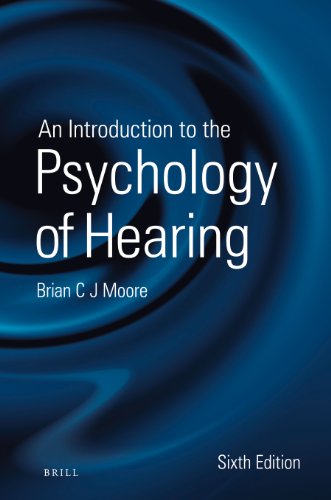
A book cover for An Introduction to the Psychology of Hearing: Sixth Edition; Brian Moore; Medical Books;